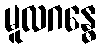
မူလဂန္ဓေ